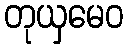
တုယှမေဝ